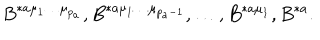
B ^ { * a \mu _ { 1 } \ldots \mu _ { p _ { a } } } , B ^ { * a \mu _ { 1 } \ldots \mu _ { p _ { a } - 1 } } , \ldots , B ^ { * a \mu _ { 1 } } , B ^ { * a } .